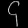
Digit: ၄